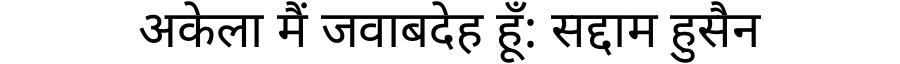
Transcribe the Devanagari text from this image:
अकेला मैं जवाबदेह हूँ: सद्दाम हुसैन